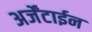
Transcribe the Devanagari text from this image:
अर्जेंटाईन